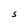
Character: S